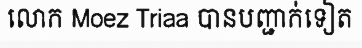
លោក Moez Triaa បានបញ្ជាក់ទៀត